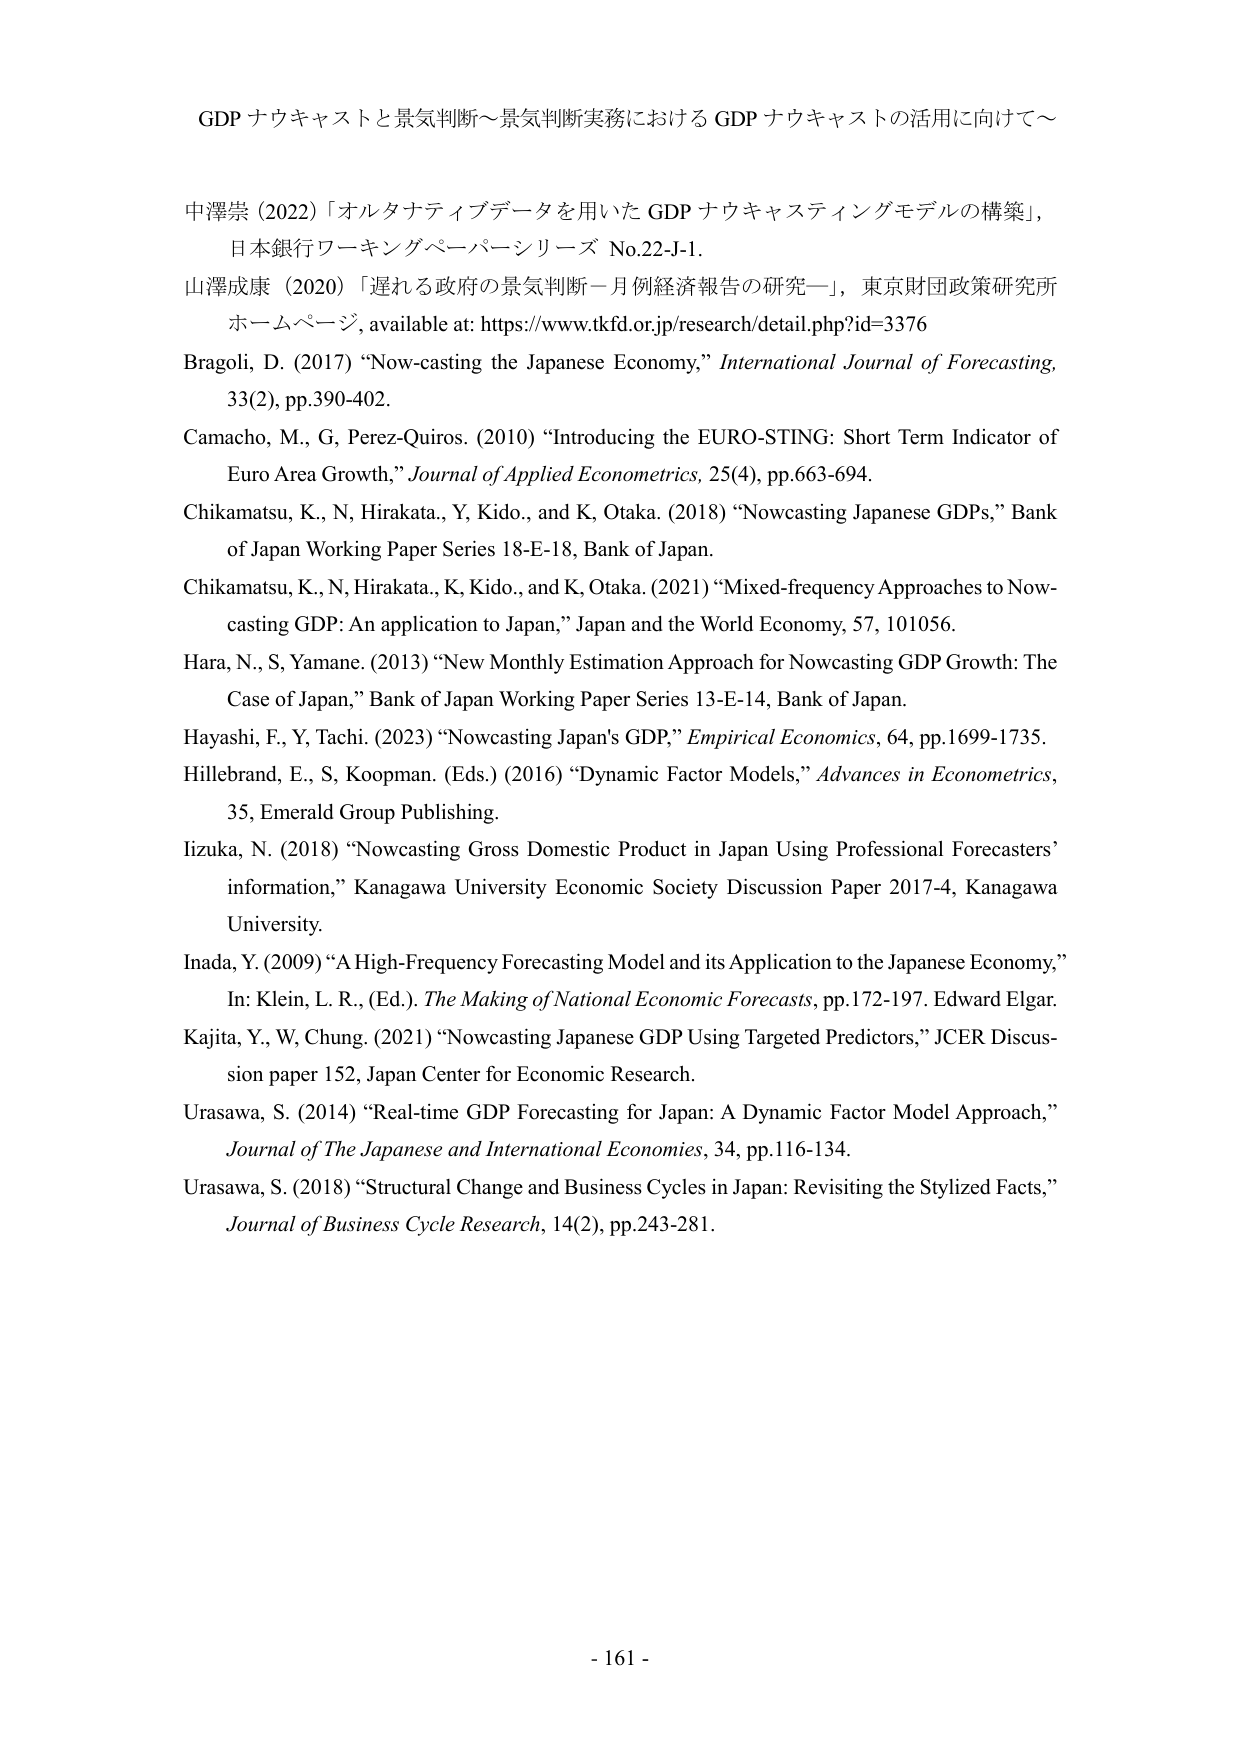
GDP ナウキャストと景気判断～景気判断実務における GDP ナウキャストの活用に向けて～

中澤崇 (2022) 「オルタナティブデータを用いた GDP ナウキャスティングモデルの構築」，
日本銀行ワーキングペーパーシリーズ No.22-J-1.

山澤成康 (2020) 「遅れる政府の景気判断－月例経済報告の研究－」，東京財団政策研究所
ホームページ，available at: https://www.tkfd.or.jp/research/detail.php?id=3376

Bragoli, D. (2017) “Now-casting the Japanese Economy,” International Journal of Forecasting,
33(2), pp.390-402.

Camacho, M., G, Perez-Quiros. (2010) “Introducing the EURO-STING: Short Term Indicator of
Euro Area Growth,” Journal of Applied Econometrics, 25(4), pp.663-694.

Chikamatsu, K., N, Hirakata., Y, Kido., and K, Otaka. (2018) “Nowcasting Japanese GDPs,” Bank
of Japan Working Paper Series 18-E-18, Bank of Japan.

Chikamatsu, K., N, Hirakata., K, Kido., and K, Otaka. (2021) “Mixed-frequency Approaches to Now-
casting GDP: An application to Japan,” Japan and the World Economy, 57, 101056.

Hara, N., S, Yamane. (2013) “New Monthly Estimation Approach for Nowcasting GDP Growth: The
Case of Japan,” Bank of Japan Working Paper Series 13-E-14, Bank of Japan.

Hayashi, F., Y, Tachi. (2023) “Nowcasting Japan’s GDP,” Empirical Economics, 64, pp.1699-1735.

Hillebrand, E., S, Koopman. (Eds.) (2016) “Dynamic Factor Models,” Advances in Econometrics,
35, Emerald Group Publishing.

Iizuka, N. (2018) “Nowcasting Gross Domestic Product in Japan Using Professional Forecasters’
information,” Kanagawa University Economic Society Discussion Paper 2017-4, Kanagawa
University.

Inada, Y. (2009) “A High-Frequency Forecasting Model and its Application to the Japanese Economy,”
In: Klein, L. R., (Ed.). The Making of National Economic Forecasts, pp.172-197. Edward Elgar.

Kajita, Y., W, Chung. (2021) “Nowcasting Japanese GDP Using Targeted Predictors,” JCER Discus-
sion paper 152, Japan Center for Economic Research.

Urasawa, S. (2014) “Real-time GDP Forecasting for Japan: A Dynamic Factor Model Approach,”
Journal of The Japanese and International Economies, 34, pp.116-134.

Urasawa, S. (2018) “Structural Change and Business Cycles in Japan: Revisiting the Stylized Facts,”
Journal of Business Cycle Research, 14(2), pp.243-281.

- 161 -